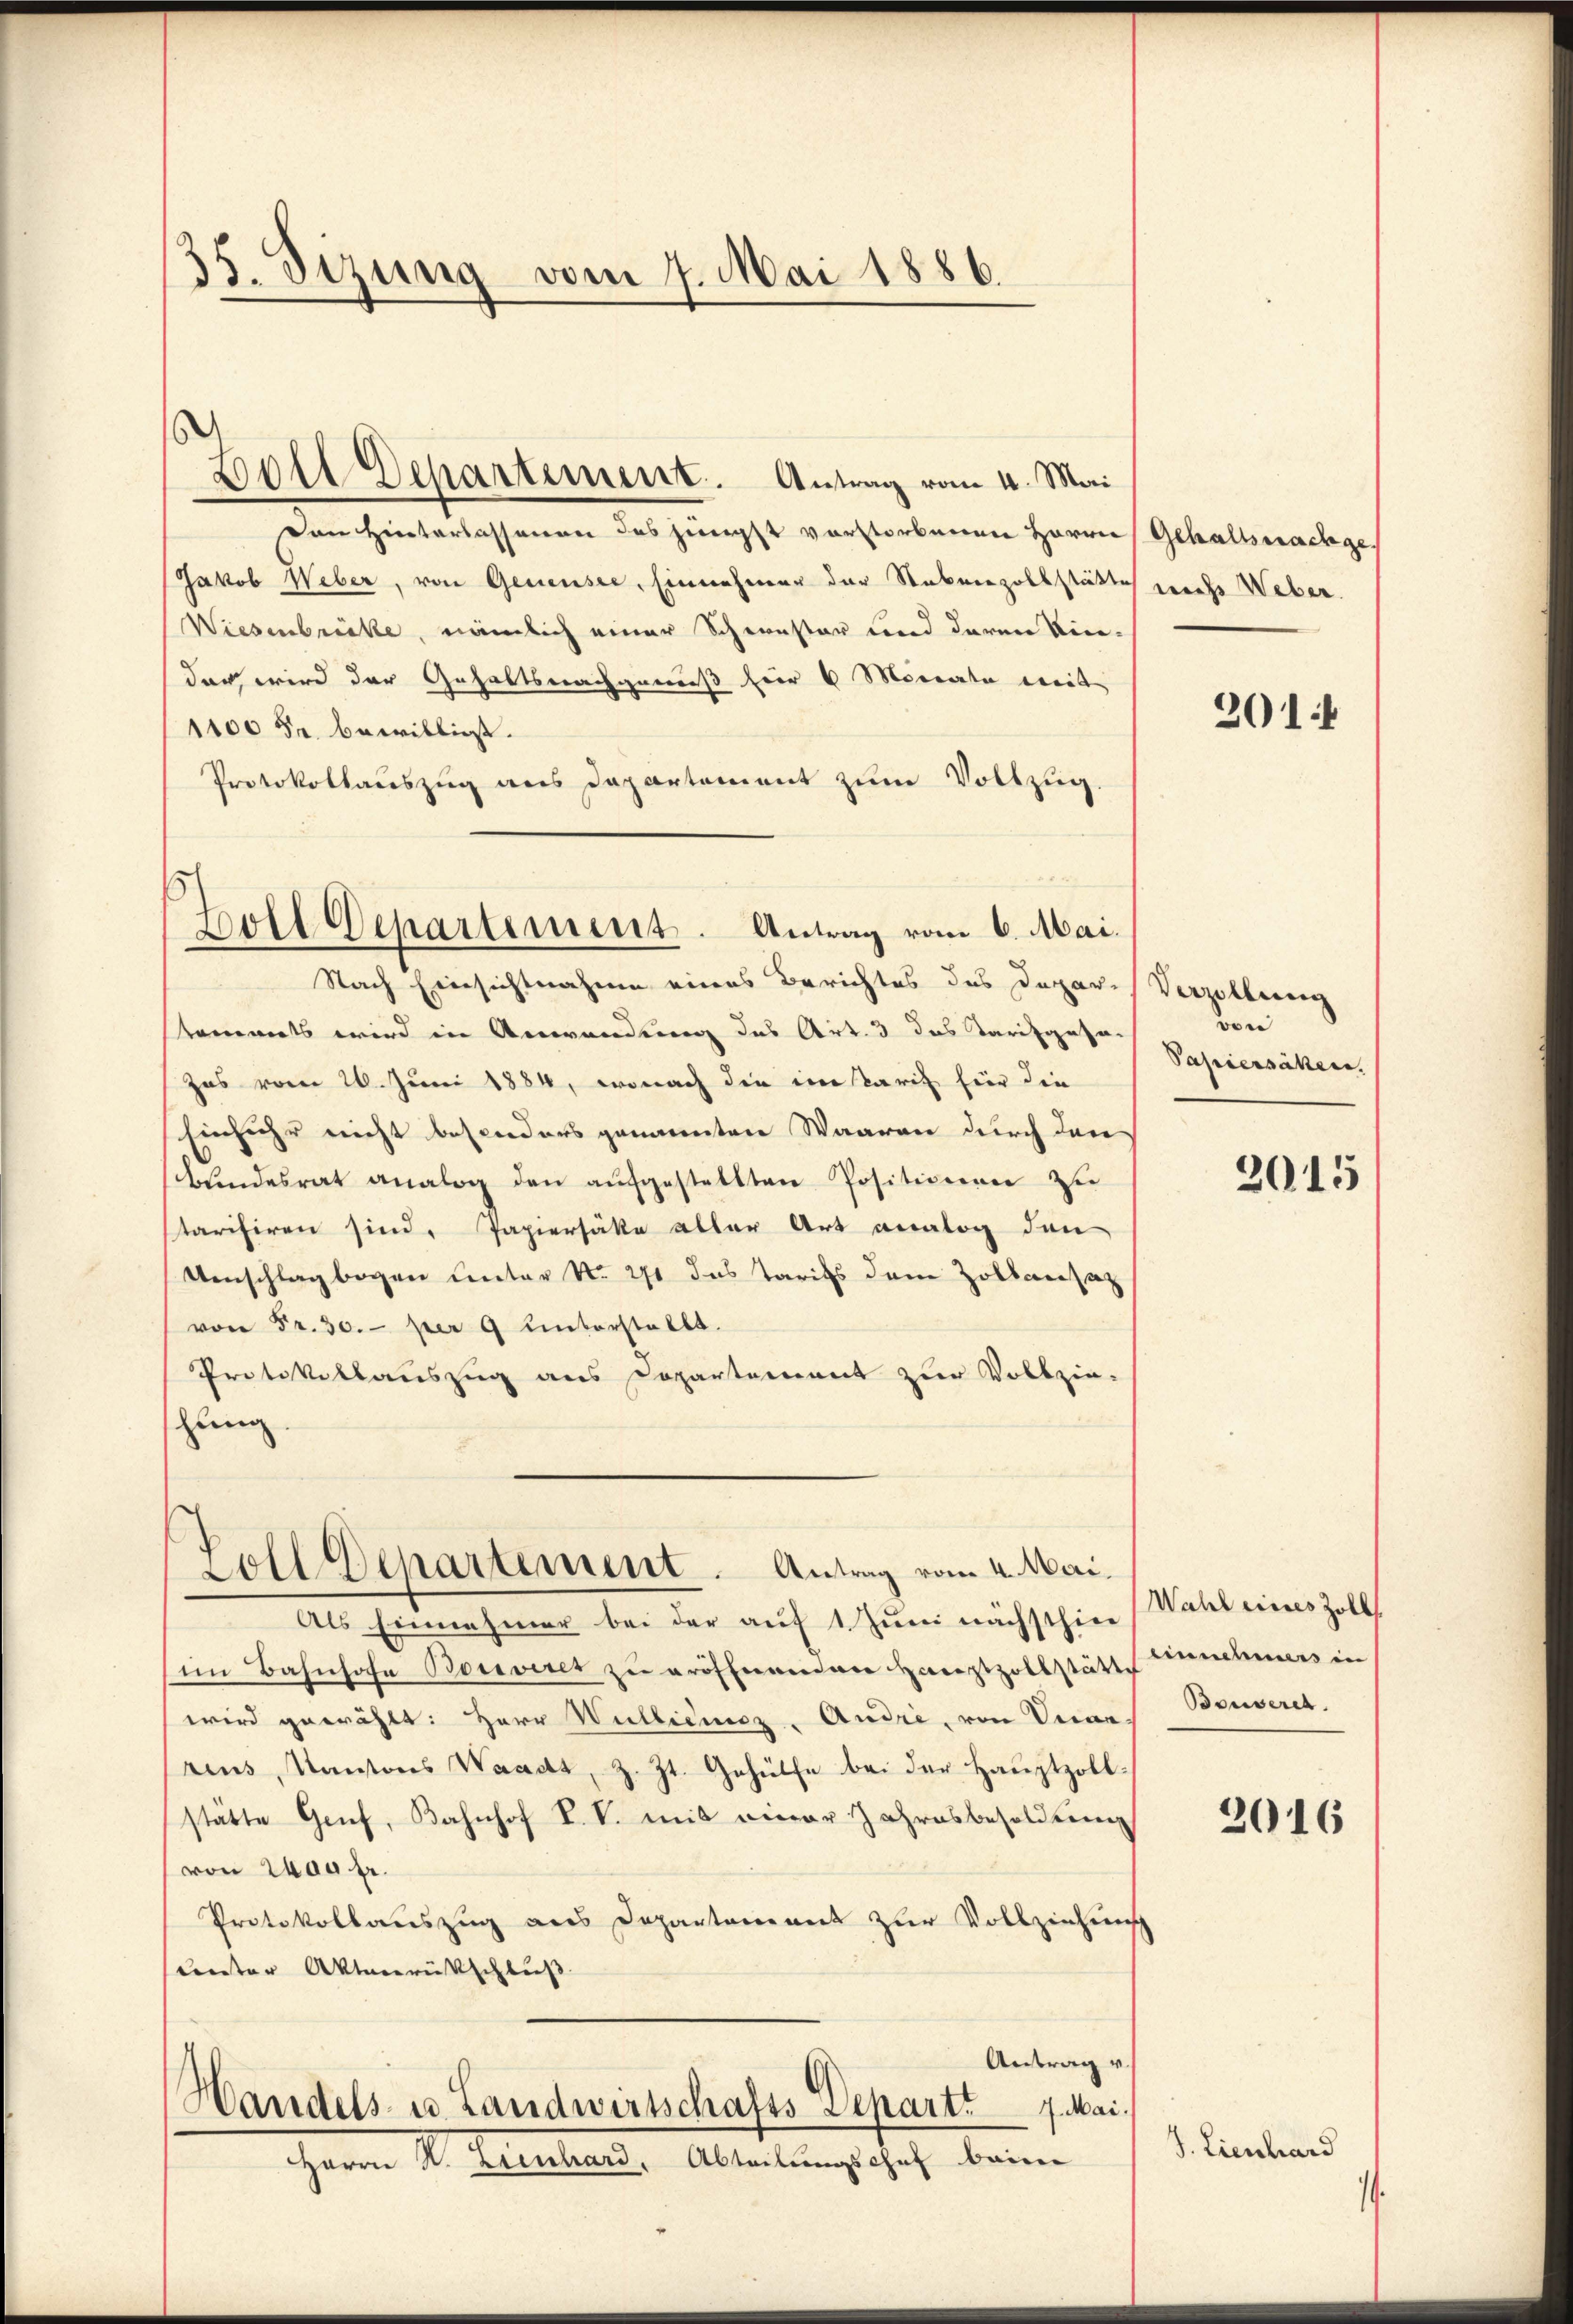
35. Sizung vom 7. Mai 1886.

Den Hinterlassenen des jüngst vorstorbenen Herrn Gehaltsnachge¬
Jakob Weber, von Genensee, Einnehmer der Stabenzollstätte nach Weber.
Wiesenbrücke, nämlich einer Schwester und deren Kin-
dar wird der Gehaltsnachgenuß hier 6 Monate weit
1100 Fr. bewilließt.
Protokollauszug aus Departement zum Vollzug.
s

Nach Einsichtnahme eines Berichtes des Depar-Verzöllerg
sommets wird in Anwendung des Art. 3 das Tarifgasac
Zas vom 26. Juni 1884, wonach die im Paris für die
Einfuhr nicht besonders genannten Waaren durch den
Bundesrat analog den aŭfgestellten Positionen zu
tarisiren sind. Papiersätte aller Art analog den
Umschlag begen unter No. 271 das Tarifs dem Zollansatz
von Fr. 30. per 9 unterstellt.
Protokollauszug aus Departement zur Vollzie-
schung.

Boll Departement. Antrag vom 4. Mai

volt Departement. Antrag vom 6. Mai.

Zoll Departement. Antrag vom 4. Mai.

Als Einnahmer bei der auf 1. Juni nächsthier Wahl eines Zoll
sim Bahnhofe Botiviret zu eröffnenden Hauptzollstätte
wird gewählt: Herr Wullidioz. Andre, von Vicar Bauveret.
rens, Kantons Waadt, z. Zt. Gehülfe bei der Hauptzollstätte Genf, Bahnhof P. V. mit einer Jahresbesoldung
von 2400 fr.
Protokollauszug aus Departement zur Vollziehungs
tunter Aktenrückschluß
Antrag v.
Handels- u. Landwirtschafts Depart. 7. Mai,
Herrn H. Lienhard, Abteilungschaf beim

201

von
Papiersähen.

2015

einnehmes in

2016

J. Lienhard